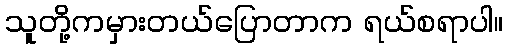
သူတို့ကမှားတယ်ပြောတာက ရယ်စရာပါ။